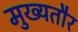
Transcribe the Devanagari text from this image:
मुख्‍यतौर